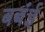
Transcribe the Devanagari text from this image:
बबंई